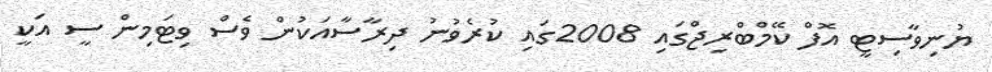
ޔުނިވާސިޓީ އޮފް ކޭމްބްރިޖްގައި 2008ގައި ކުރެވުނު ދިރާސާއަކުން ވެސް ވިޓަމިން ސީ އަކީ